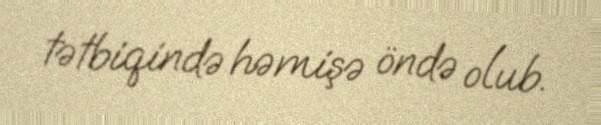
tətbiqində həmişə öndə olub.